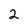
Character: 2